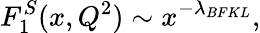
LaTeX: F_{1}^{S}(x,Q^{2})\sim x^{-\lambda_{BFKL}},